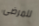
للمرضى